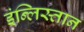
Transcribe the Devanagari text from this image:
इंन्लिस्तान